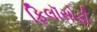
ફિલૉસોફી